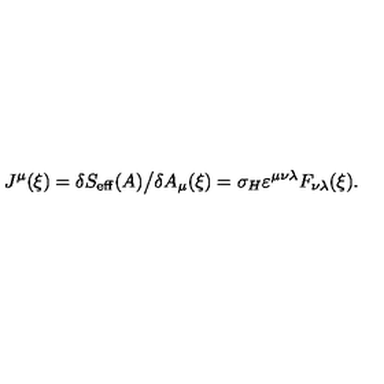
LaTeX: J ^ { \mu } ( \xi ) = \delta S _ { \mathrm { e f f } } ( A ) \big / \delta A _ { \mu } ( \xi ) = \sigma _ { H } \varepsilon ^ { \mu \nu \lambda } F _ { \nu \lambda } ( \xi ) .